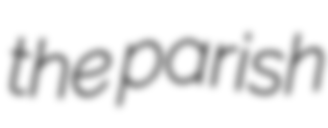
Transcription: the parish